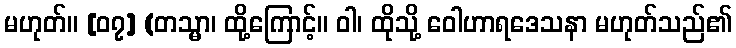
မဟုတ်။ [၀၇] (တသ္မာ၊ ထို့ကြောင့်။ ဝါ၊ ထိုသို့ ဝေါဟာရဒေသနာ မဟုတ်သည်၏